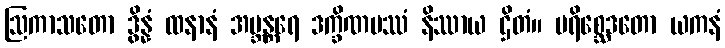
ဩကာသတော ဒွိန္နံ ထနာနံ အဗ္ဘန္တရေ ဒက္ခိဏပဿံ နိဿာယ ဌိတံ။ ပရိစ္ဆေဒတော ယကနံ